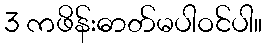
3 ကဖိန်းဓာတ်မပါဝင်ပါ။